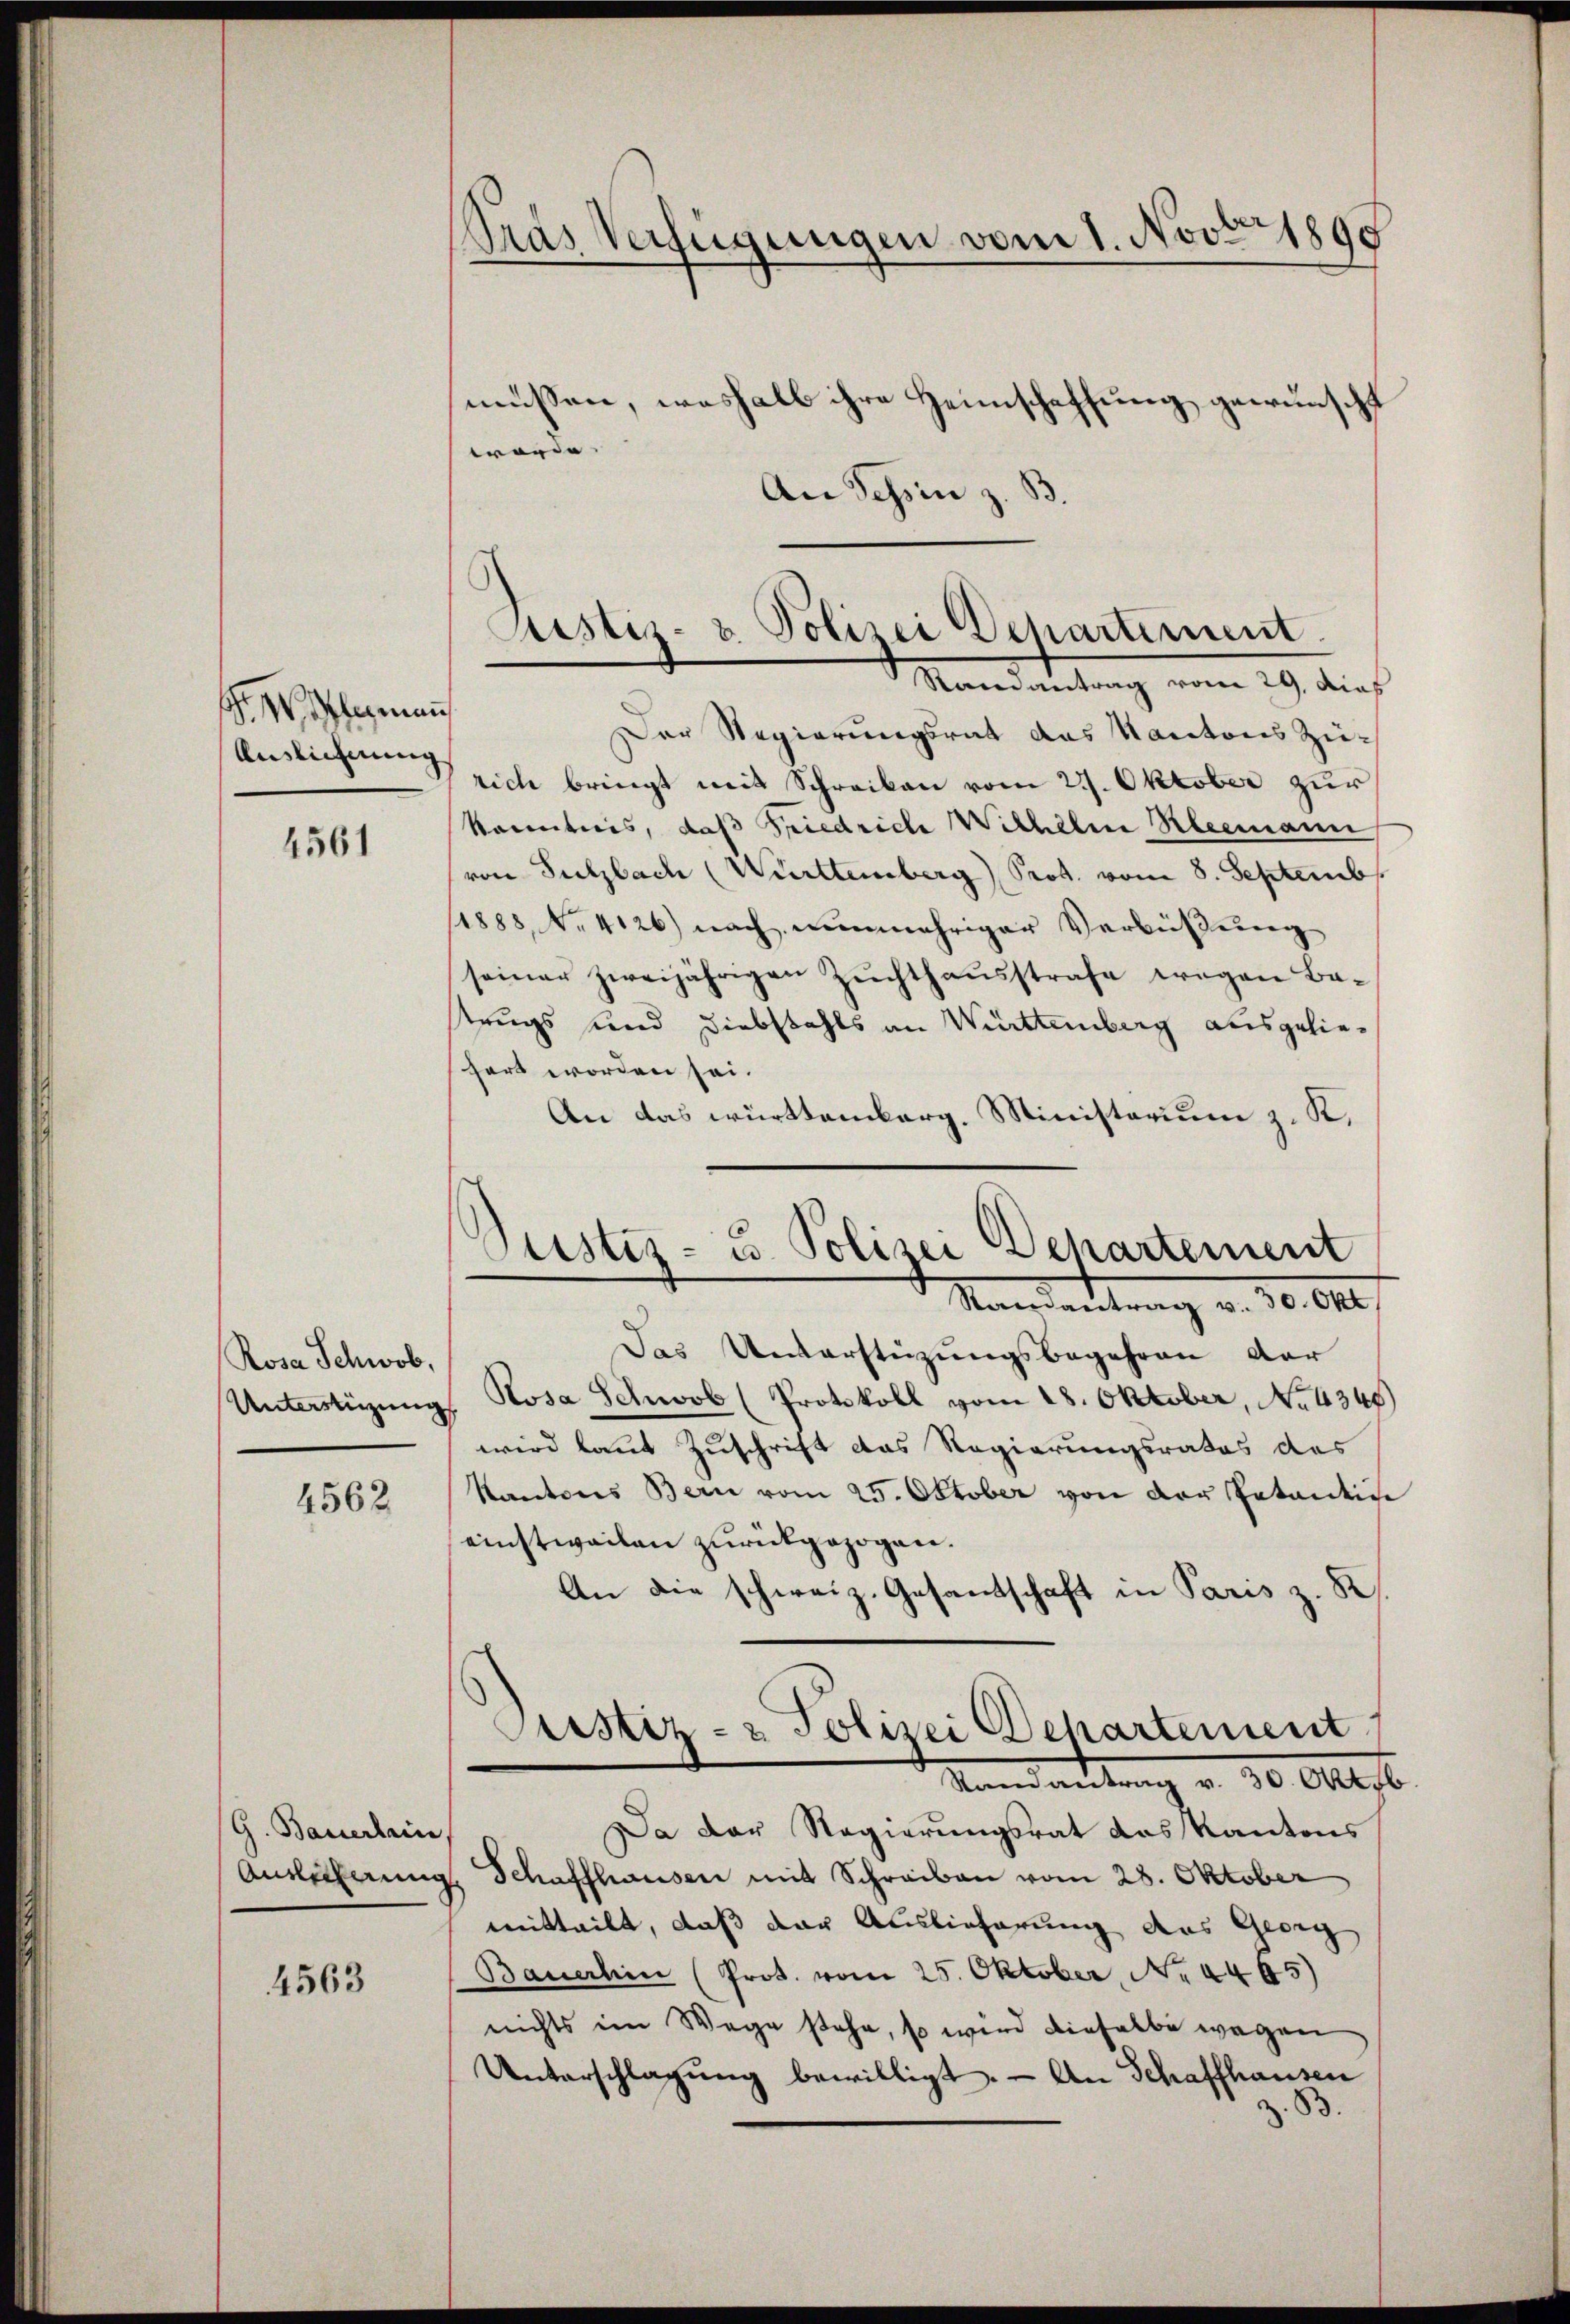
Niemann
Auslichnung

4561

Rosa Schwab,
Unterstüzung

4562

G. Bauerlain

4563

An Tessin z. B.

Pras Verfügungen vom 1. Nov. 1890
.
müssen, weshalb ihre Heimschaffung gewünscht
worden.

Der Regierungsrat das Karatores Zeirich bringt mit Schreiben vom 21. Oktober zur
känntnis, daß Friedriche Wilhelm Rleemann
von Sulzbach (Württemberg) Prot. vom 8. Septembr
11888, No. 4126) nach nunmehriger Verbüßung
seiner zweijährigen Zuchthausstrafe wegen Be-
trugs und Diebstahls an Württemberg ausgelieshart worden sei.
An das württemberg, Ministerium z. K.
Mandartung v. 30. 640
Das Unterstüzungsbegehren dar
Rosa Schwab (Protokoll vom 28. Oktober, No 1348)
wird laut Zuschrift das Regierungsrates des
Kantons Bern vom 25. Oktober von der Petentin
einstweilen zurückgezogen.
An die schweiz. Gesandschaft in Paris z. R.
Justiz- & Polizei Departement
Seen antrag v. 30. Oktob.
Da Der Regierungsrat das Kantons
Auslieferung Schaffhausen mit Schreiben vom 28. Oktober
mitteilt, daß der Auslieferung des Georg
Bauerhin (Prot. vom 25. Oktober No. 4465)
nichts im Wege stehe, so wird dieselbe wegen
Unterschlagung bewilligt. - An Schaffhausen
B.

Justiz- & Polizei Dchartement.
Randantrag vom 29. dieß

¬
Justiz- u. Polizei Dehartement